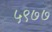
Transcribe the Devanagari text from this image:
५९७७